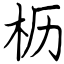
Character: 枥